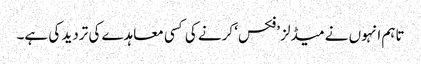
تاہم انہوں نے میڈلز ’فکس‘ کرنے کی کسی معاہدے کی تردید کی ہے۔